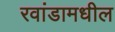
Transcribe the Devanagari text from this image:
रवांडामधील